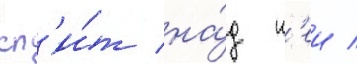
сп'и́т на́д н'еи /